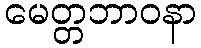
မေတ္တဘာဝနာ